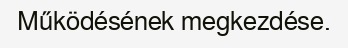
Működésének megkezdése.